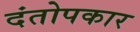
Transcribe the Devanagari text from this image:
दंतोपकार